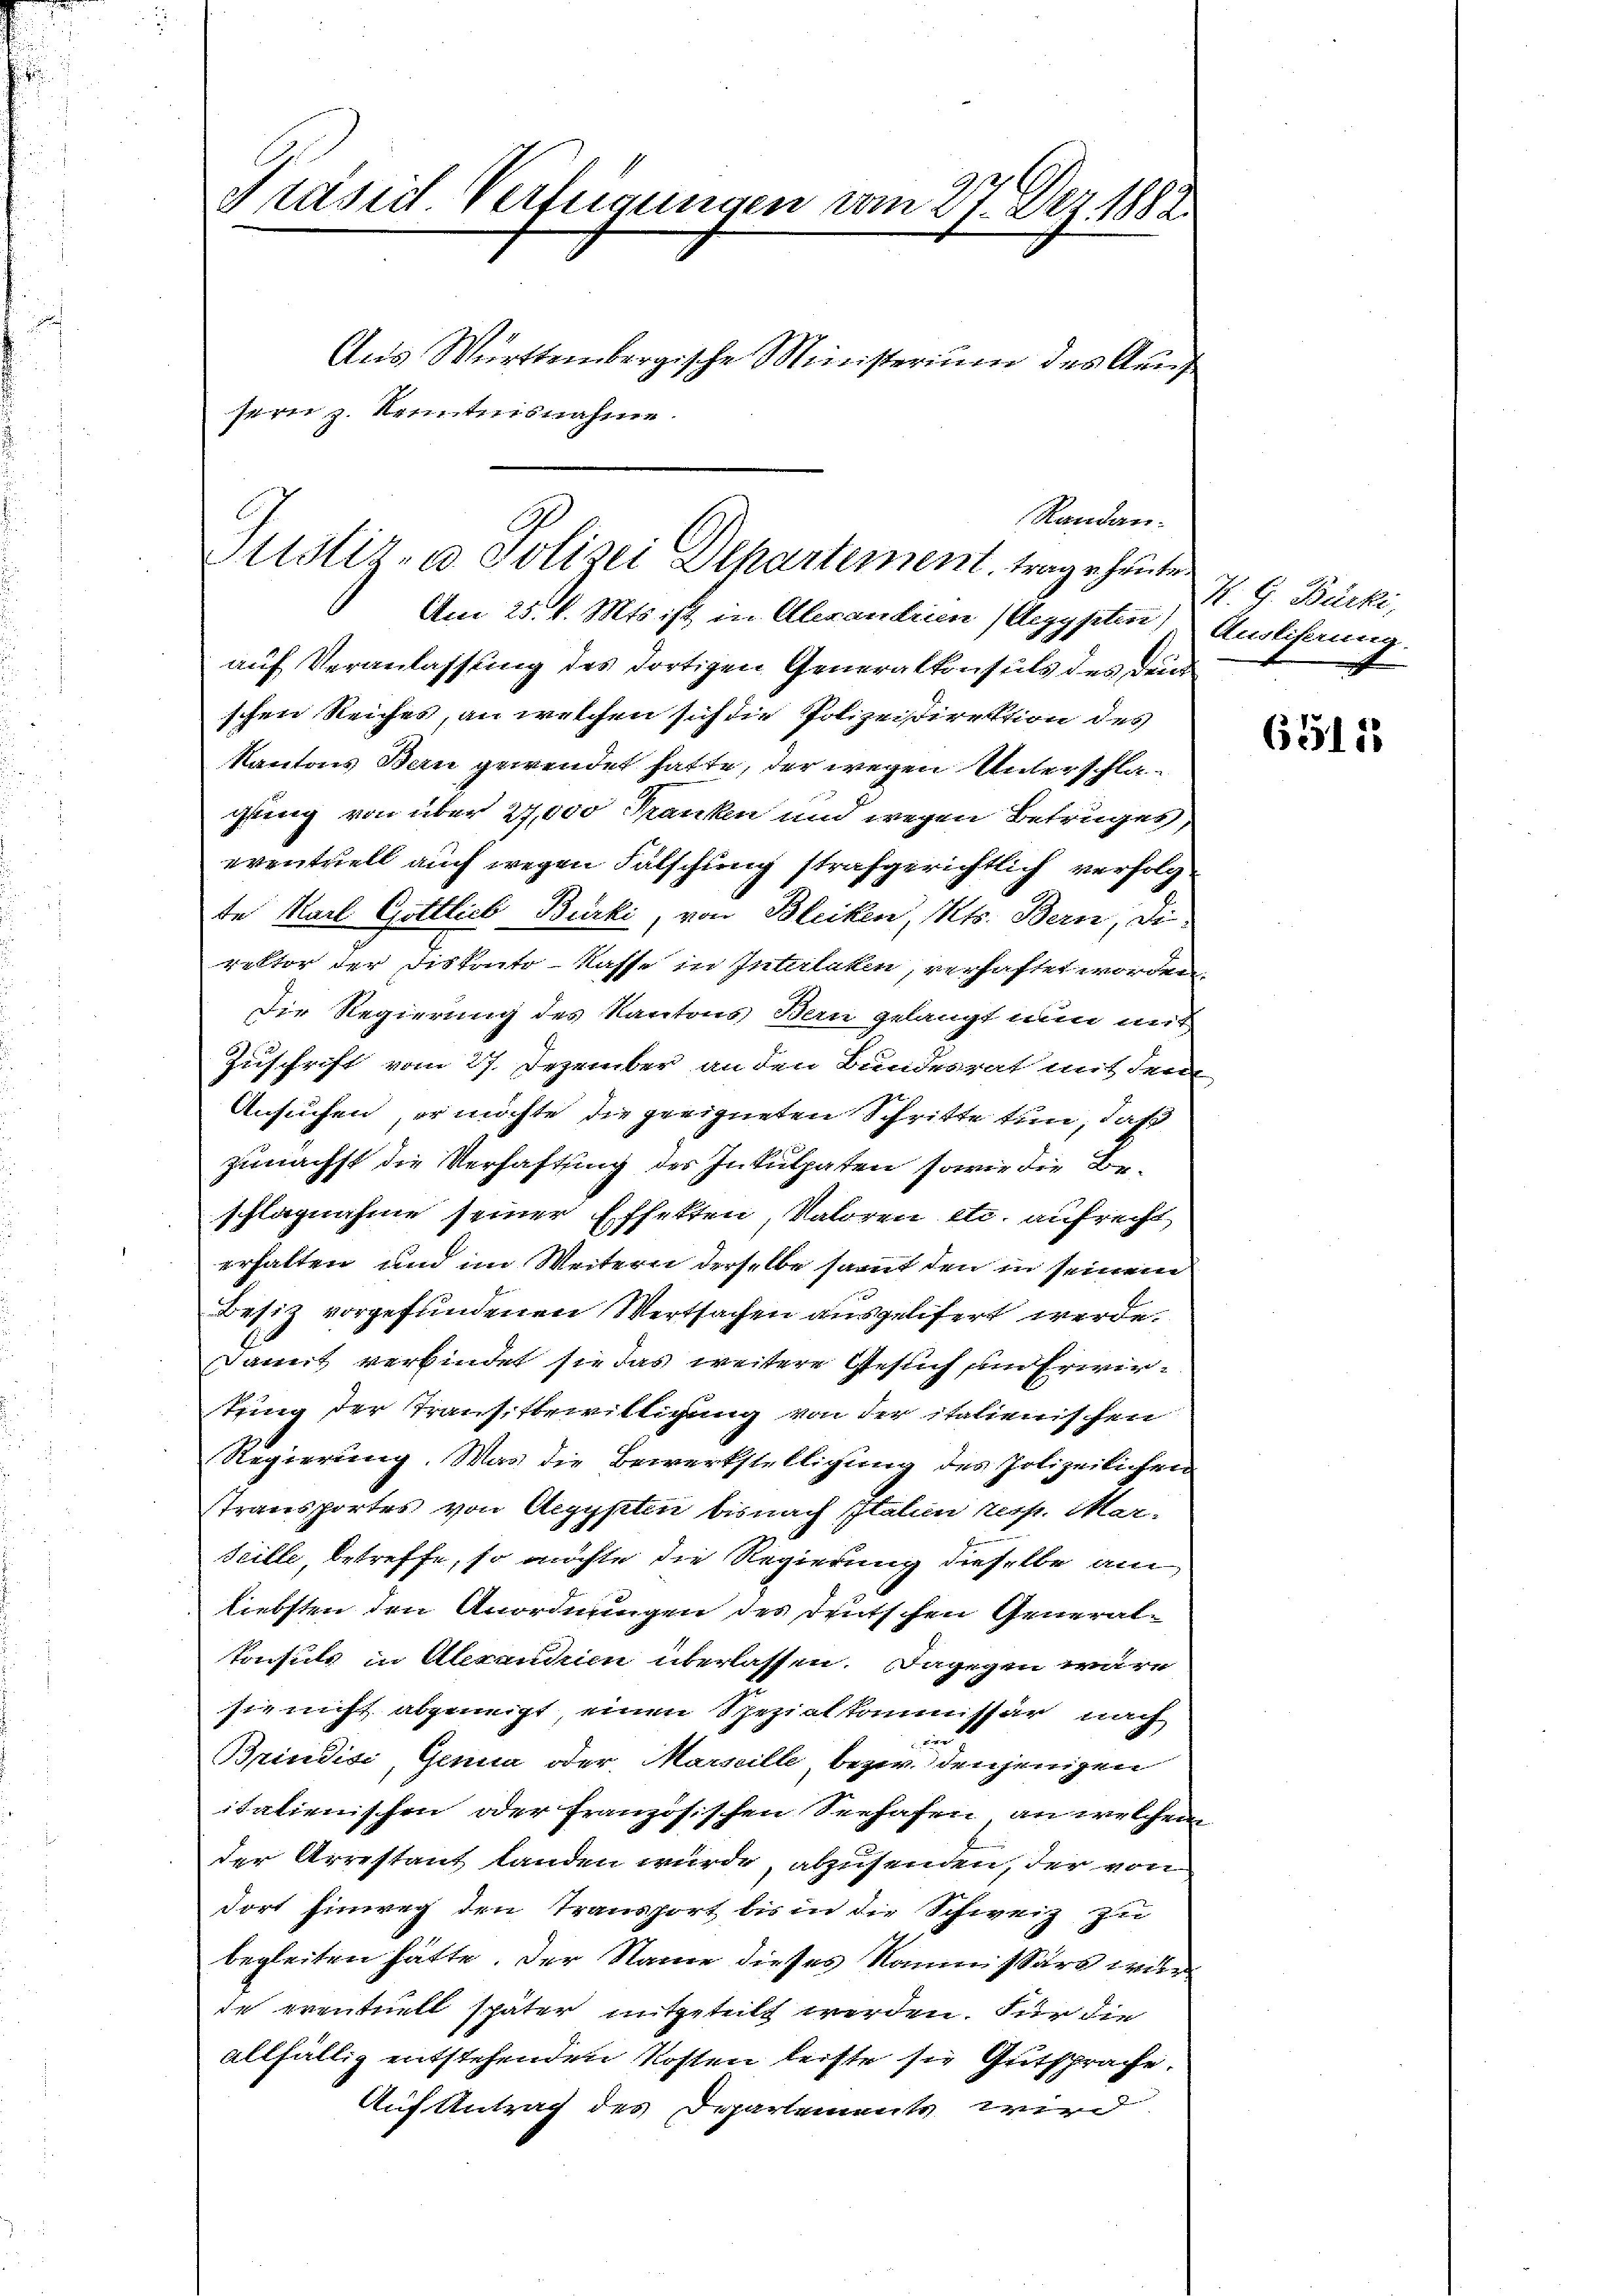
Prasid. Verfügungen vom 27. Dez. 1882.
Aus Württembergische Ministerium des Aus
sern z. Kenntnisnahme.

auf Veranlassung des dortigen Generalkonsuls des Dein
schen Reiches, an welchen sich die Polizeidirektion des
Kantons Bau gewendet hatte, der wegen Unterschla-
gung von über 27,000 Franken und wegen Betruges,
eventuell auch wegen Fälschung strafgerichtlich verfolg
te Karl Gottlieb Burki, von Bleiken, Kts. Bern, di
rektor der Distrato-Kasse in Interlaken, verhaftet worden
Die Regierung des Kantons Bern gelangt nun mit
Zuschrift vom 27. Dezember an den Bundesrat mit den
Ansuchen ermöchte die geeigneten Schritte tun, daß
zunächst die Verhaftung der Inkulpaten sowie die Be-
schlagnahme seiner Effekten, Valoren etc. aufrecht
erhalten und im Weitern derselbe saut den in seinem
Besiz vorgefundenen Wertsachen ausgelifert werde.
aweit verbindet sie das weitere Gesuch und Erwir-
tung der Transitbewilligung von der italienischen
Regierung. Was die Bewerkstellichung des Polizeilichen
Transportes von Aegypten bis nach Italien zers. Mar-
Scille, betreffe, so möchte die Regierung dieselbe am
liebsten den Anordnungen des Frutschen General-
Konsuls in Alexandrien überlassen. Dagegen wäre
sie nicht abgeneigt, einen Spezialkommissär nach
c. Fr
Brindici, Gerna oder Marseille bezw. denjenigen
italienischen oder französischen Seehafen, an welcher
der Arrestant landen würde, abzusenden, der von
dort hinweg den Transport bis in die Schweiz zu
begleiten hätte. Der Name dieses Kommissärs wur
de eventuell später mitgeteilt werden. Für die
allfällig entstehenden Kosten leiste sie Gutsprache.
Auf Antrag des Departement wird

Randan.
Austiz- u. Polizei Departement, trage heute.
Am 25. d. Mts. ist in Alexandrien (Aegypten,

H. C. Becki,
Austiferung.

65515